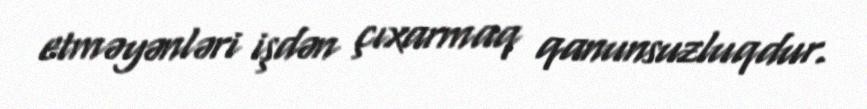
etməyənləri işdən çıxarmaq qanunsuzluqdur.